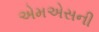
એમએસની